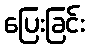
ပြေးခြင်း